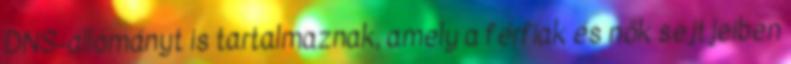
DNS-állományt is tartalmaznak, amely a férfiak és nők sejtjeiben